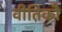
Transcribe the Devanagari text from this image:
वीतिकौ